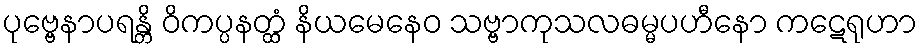
ပုဗ္ဗေနာပရန္တိ ဝိကပ္ပနတ္ထံ နိယမေနေဝ သဗ္ဗာကုသလဓမ္မပဟီနော ကဋေရုဟာ